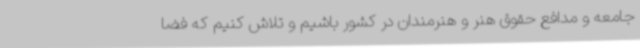
جامعه و مدافع حقوق هنر و هنرمندان در کشور باشیم و تلاش کنیم که فضا